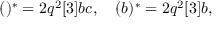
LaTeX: ( \d a ) ^ { * } = 2 q ^ { 2 } [ 3 ] \d a \d b \d c , \quad ( \d b ) ^ { * } = 2 q ^ { 2 } [ 3 ] \d a \d b \d d , \quad